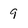
Character: 9